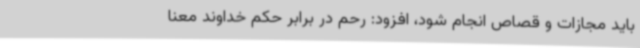
باید مجازات و قصاص انجام شود، افزود: رحم در برابر حکم خداوند معنا